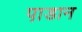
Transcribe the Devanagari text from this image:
पा़डान